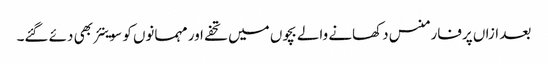
بعد ازاں پرفارمنس دکھانے والے بچوں میں تحفے اور مہمانوں کو سوینئر بھی دئے گئے۔